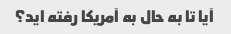
آیا تا به حال به آمریکا رفته اید؟